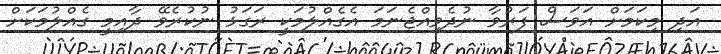
އަދި މިކަމަށް އަވަސް ފަރުވާ ނުދެވިއްޖެނަމަ އެގެއްލުމަކީ ރަގަޅު ނުކުރެވޭ ދާއިމީ ގެއްލުމަކަށް